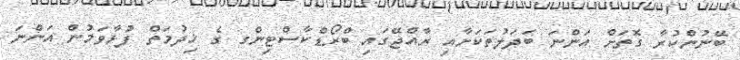
ބޭނުންކުރާ ގޮތަށް އަންނަ ބަދަލުތަކަށާއި ރާއްޖޭގައި ބްރޯޑްކާސްޓިންގ ގެ ޚިދުމަތް ފުޅާވަމުން އަންނަ